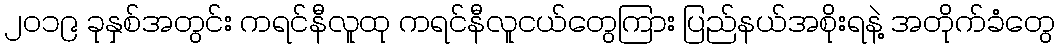
၂၀၁၉ ခုနှစ်အတွင်း ကရင်နီလူထု ကရင်နီလူငယ်တွေကြား ပြည်နယ်အစိုးရနဲ့ အတိုက်ခံတွေ